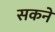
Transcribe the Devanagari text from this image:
सकनें